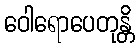
ဝေါရောပေတုန္တိ